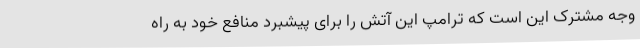
وجه مشترک این است که ترامپ این آتش را برای پیشبرد منافع خود به راه